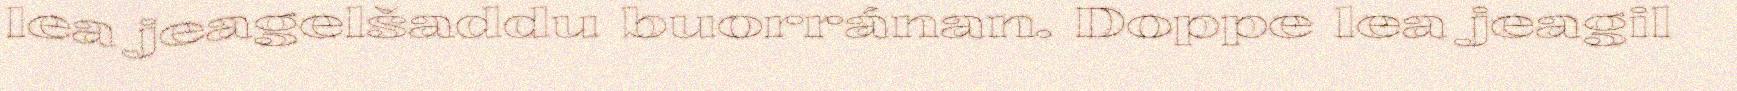
lea jeagelšaddu buorránan. Doppe lea jeagil